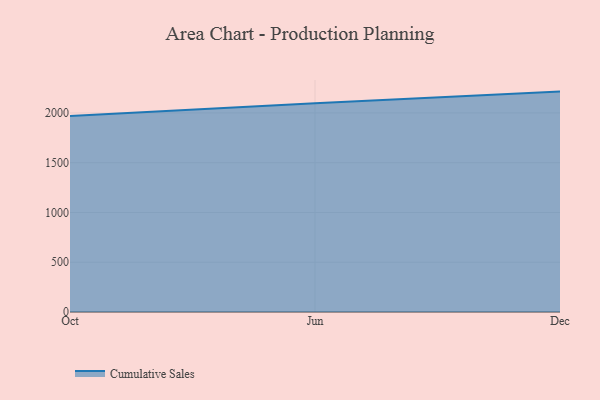
{"axis": {"x": "Month", "y": "Revenue (USD Million)"}, "legend": ["Cumulative Sales"], "data": [{"x": "Oct", "y": 1970.5, "type": "Cumulative Sales"}, {"x": "Jun", "y": 2096.5, "type": "Cumulative Sales"}, {"x": "Dec", "y": 2214.4, "type": "Cumulative Sales"}]}